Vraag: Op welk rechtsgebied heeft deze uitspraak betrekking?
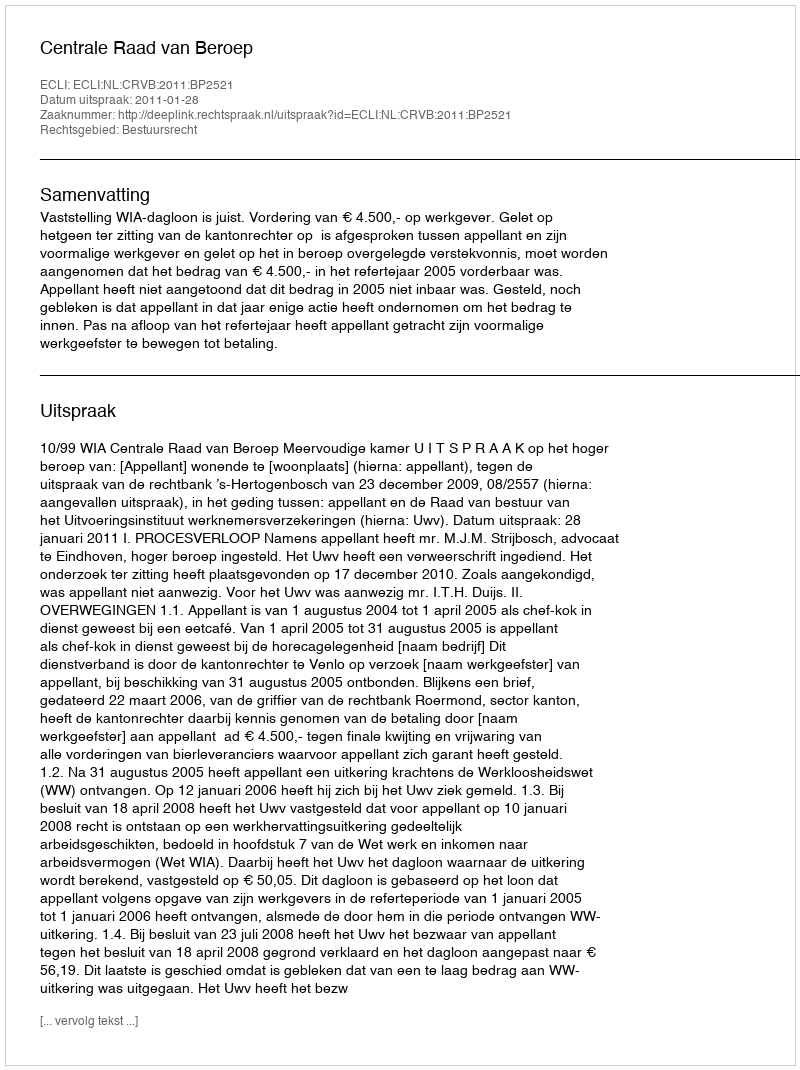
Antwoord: Bestuursrecht